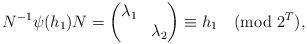
LaTeX: \begin{align*}N^{-1}\psi(h_1)N = \left( \begin{matrix} \lambda_1 & \\ & \lambda_2 \end{matrix} \right) \equiv h_1 \pmod{2^T},\end{align*}